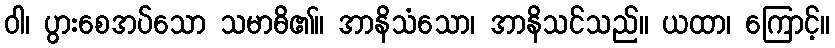
ဝါ၊ ပွားစေအပ်သော သမာဓိ၏။ အာနိသံသော၊ အာနိသင်သည်။ ယထာ၊ ကြောင့်။